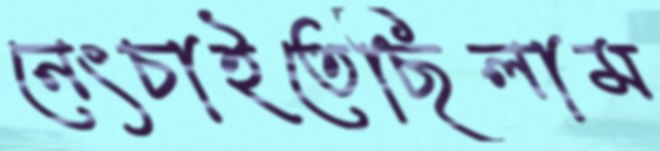
নেংচাইতেছিলাম